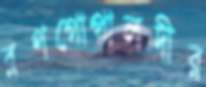
রণগোপালদীর